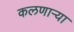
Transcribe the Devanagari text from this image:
कलणाऱ्या